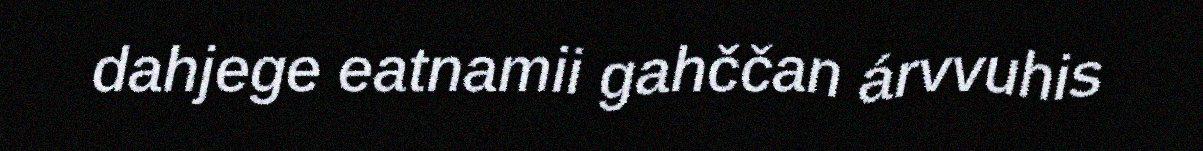
dahjege eatnamii gahččan árvvuhis